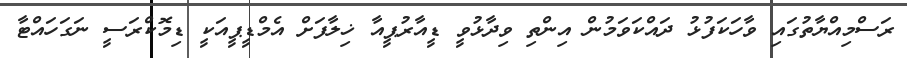
ރަސްމިއްޔާތުގައި ވާހަކަފުޅު ދައްކަވަމުން އިންތި ވިދާޅުވީ ޑީއާރުޕީއާ ޚިލާފަށް އެމްޑީޕީއަކީ ޑިމޮކްރަސީ ނަގަހައްޓާ